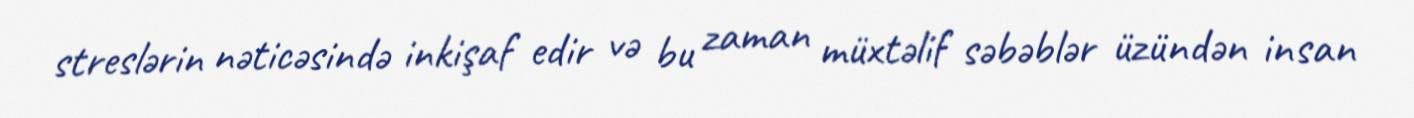
streslərin nəticəsində inkişaf edir və bu zaman müxtəlif səbəblər üzündən insan